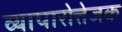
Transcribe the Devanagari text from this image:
व्यापारोत्तेजक